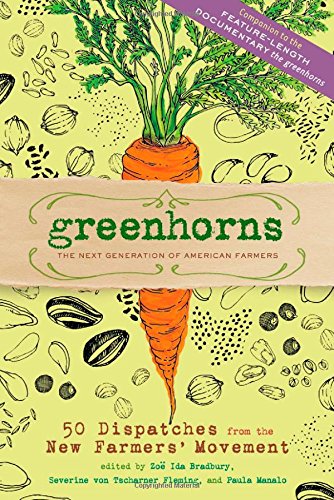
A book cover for Greenhorns: 50 Dispatches from the New Farmers' Movement; Zoe Ida Bradbury; Humor & Entertainment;